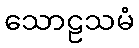
သောဠသမံ